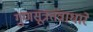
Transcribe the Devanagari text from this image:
गुणसूत्रतंत्राधारे